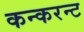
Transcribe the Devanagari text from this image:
कन्करन्ट